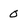
Character: 0